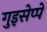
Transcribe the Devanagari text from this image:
गुइसेप्पे